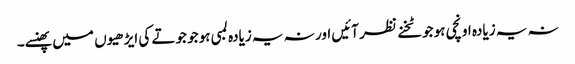
نہ یہ زیادہ اونچی ہو جو ٹخنے نظر آئیں اور نہ یہ زیادہ لمبی ہو جو جوتے کی ایڑھیوں میں پھنسے۔